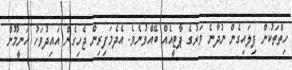
ހިތްތަކުން ފިލައިގެން ނުދާނެ ވަރުގެ ޕާޓީއެއް ބޭއްވުނެވެ. އެދެމަފިރިން ޖެހިގެން އައިދުވަހު ހަނީމޫން